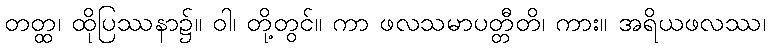
တတ္ထ၊ ထိုပြဿနာ၌။ ဝါ၊ တို့တွင်။ ကာ ဖလသမာပတ္တီတိ၊ ကား။ အရိယဖလဿ၊